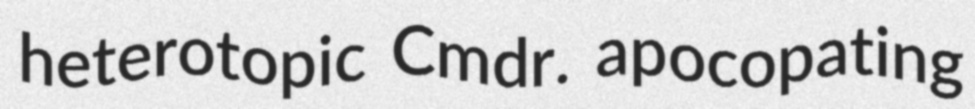
heterotopic Cmdr. apocopating